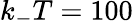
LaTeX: k_{-}T=100